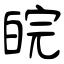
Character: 皖